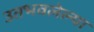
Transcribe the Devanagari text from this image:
उतभवलेल्या